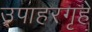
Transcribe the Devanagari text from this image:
उपाहरगृहे